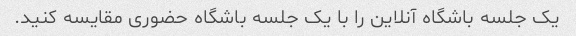
یک جلسه باشگاه آنلاین را با یک جلسه باشگاه حضوری مقایسه کنید.